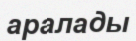
аралады